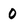
Character: 0